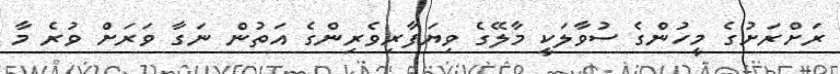
ރަށްރަށުގެ މީހުންގެ ސުވާލަކީ މާލޭގެ ވިޔަފާރިވެރިންގެ އަތުން ނަގާ ވަރަށް ވުރެ މާ